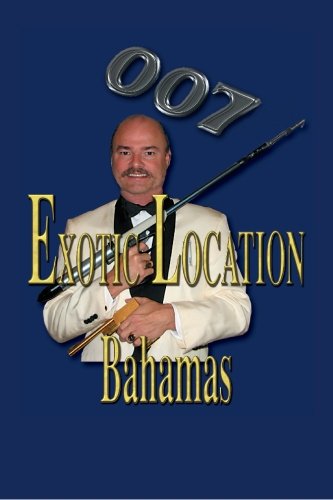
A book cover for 007 Exotic Location; Bahamas; James Arnold Jr.; Travel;